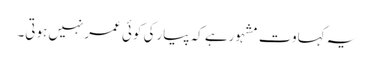
یہ کہاوت مشہورہے کہ پیارکی کوئی عمرنہیں ہوتی۔